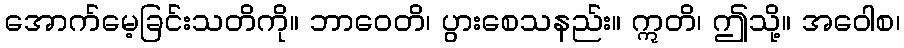
အောက်မေ့ခြင်းသတိကို။ ဘာဝေတိ၊ ပွားစေသနည်း။ ဣတိ၊ ဤသို့။ အဝေါစ၊